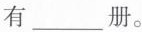
有___册。